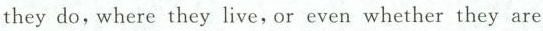
they do,where they live,or even whether they are